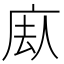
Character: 𪪕